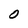
Character: O